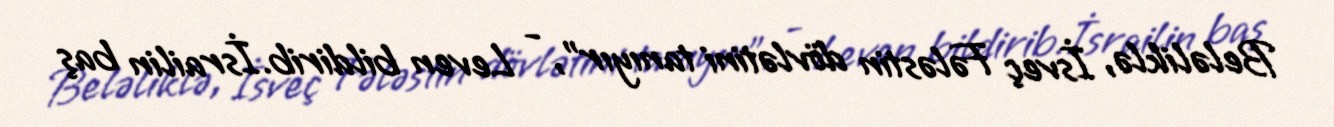
Beləliklə, İsveç Fələstin dövlətini tanıyır", - Leven bildirib.İsrailin baş